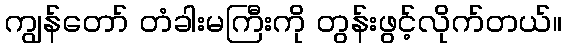
ကျွန်တော် တံခါးမကြီးကို တွန်းဖွင့်လိုက်တယ်။